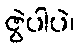
ဇွဲပါပဲ၊